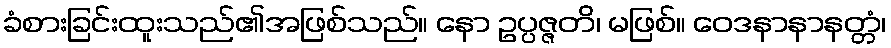
ခံစားခြင်းထူးသည်၏အဖြစ်သည်။ နော ဥပ္ပဇ္ဇတိ၊ မဖြစ်။ ဝေဒနာနာနတ္တံ၊